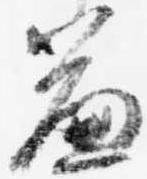
簾